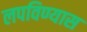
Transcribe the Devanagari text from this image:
लपविण्यास